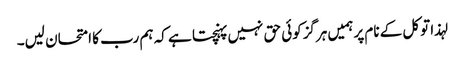
لہذا توکل کے نام پرہمیں ہرگزکوئی حق نہیں پہنچتا ہے کہ ہم رب کا امتحان لیں۔